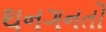
થનગનતો